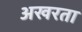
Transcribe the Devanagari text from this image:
अखरता